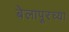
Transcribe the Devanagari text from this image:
बेलापूरच्या